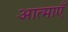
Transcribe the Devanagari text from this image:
आत्‍माएँ